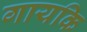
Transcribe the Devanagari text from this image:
गायकि